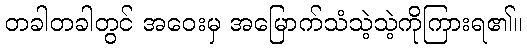
တခါတခါတွင် အဝေးမှ အမြောက်သံသဲ့သဲ့ကိုကြားရ၏။